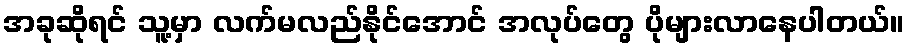
အခုဆိုရင် သူ့မှာ လက်မလည်နိုင်အောင် အလုပ်တွေ ပိုများလာနေပါတယ်။